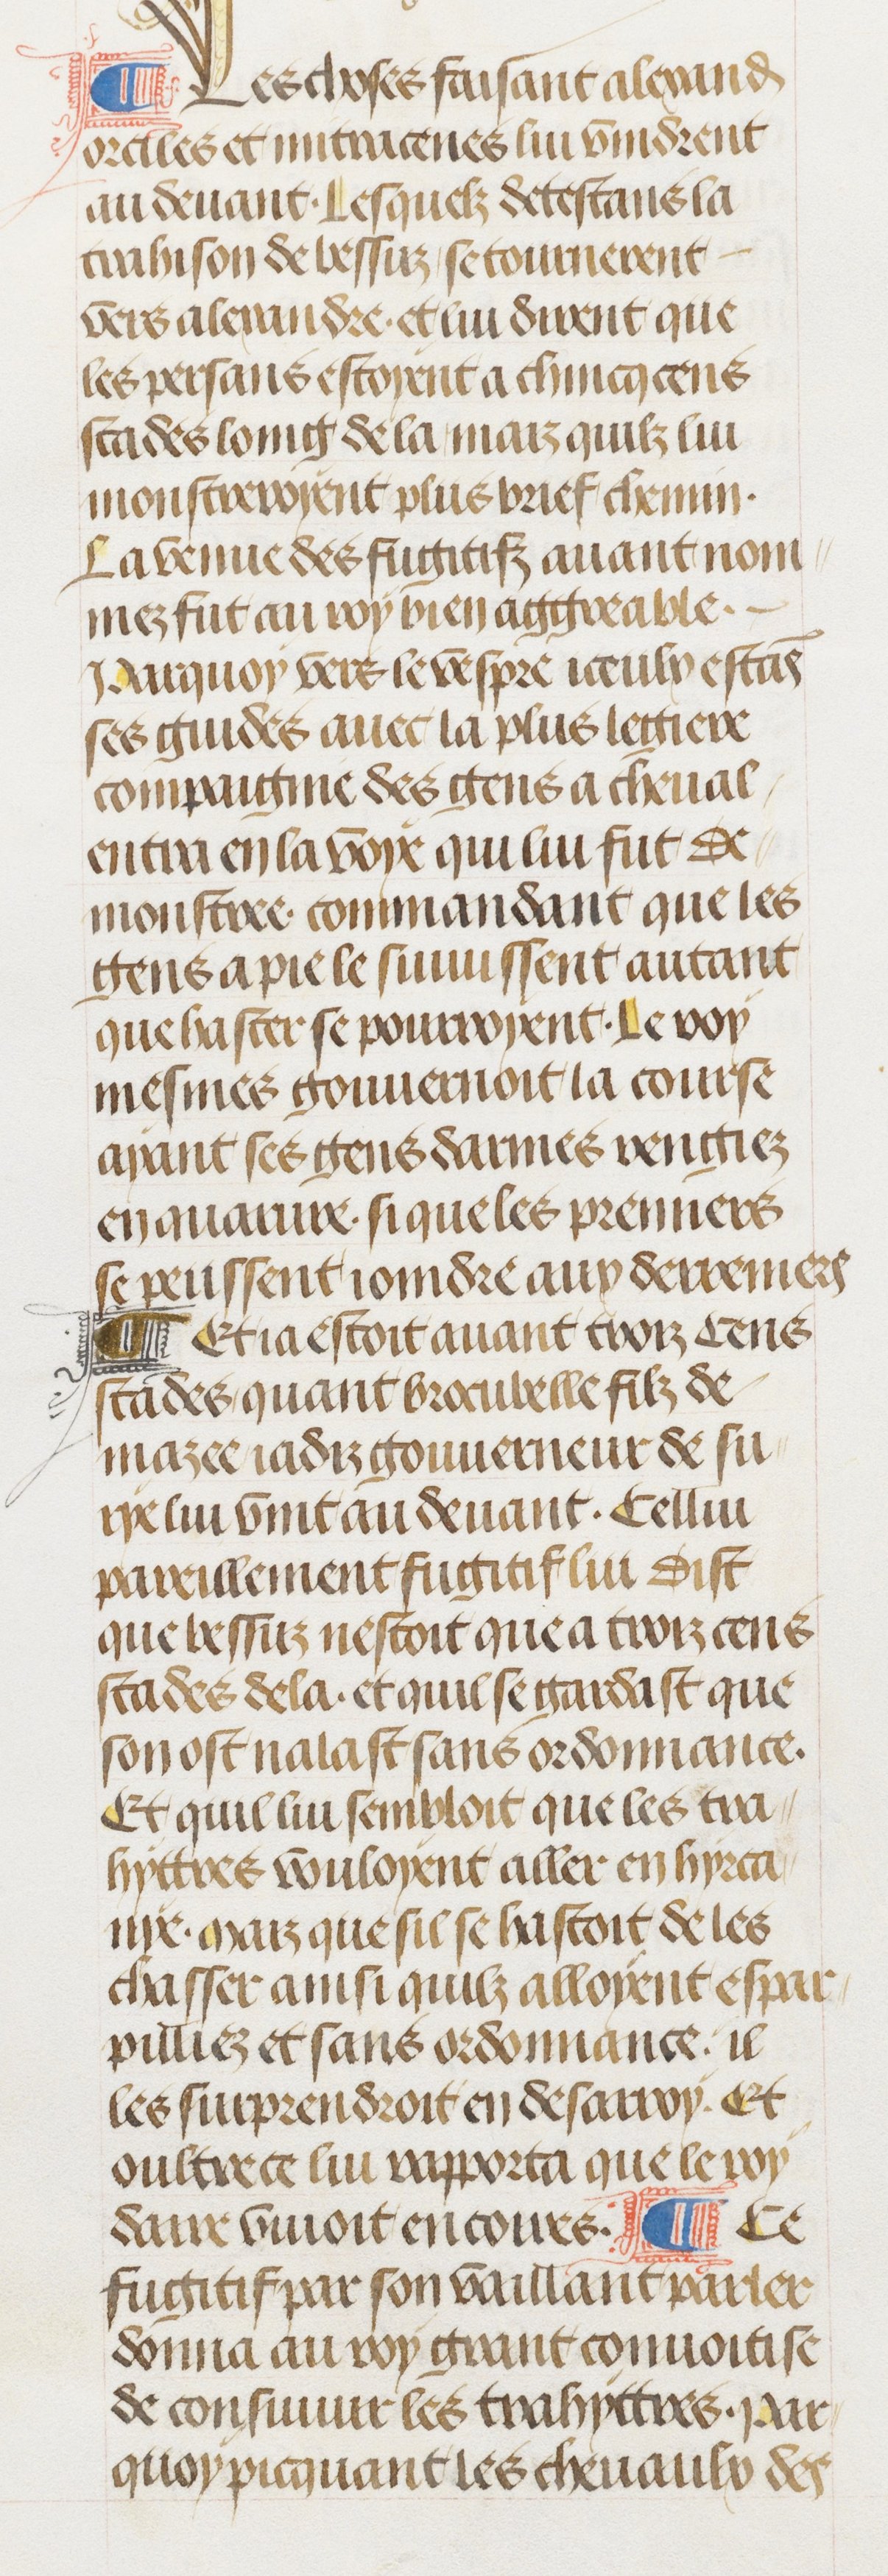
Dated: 1470–1499